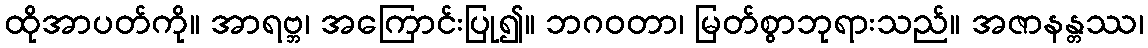
ထိုအာပတ်ကို။ အာရဗ္ဘ၊ အကြောင်းပြု၍။ ဘဂဝတာ၊ မြတ်စွာဘုရားသည်။ အဇာနန္တဿ၊